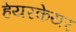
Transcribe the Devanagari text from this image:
हेयरकेयर